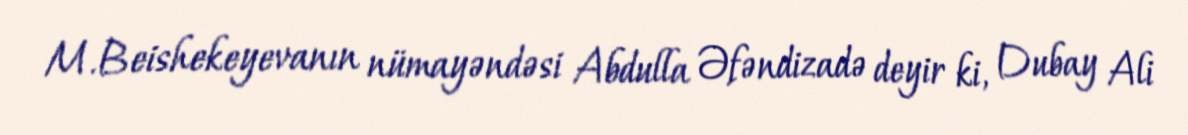
M.Beishekeyevanın nümayəndəsi Abdulla Əfəndizadə deyir ki, Dubay Ali